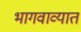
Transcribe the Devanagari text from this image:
भागवाव्यात